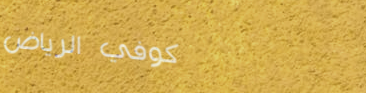
كوفي الرياض